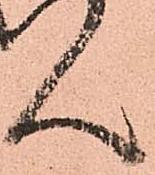
ん